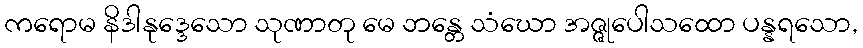
ကရောမ နိဒါနုဒ္ဒေသော သုဏာတု မေ ဘန္တေ သံဃော အဇ္ဇုပေါသထော ပန္နရသော,